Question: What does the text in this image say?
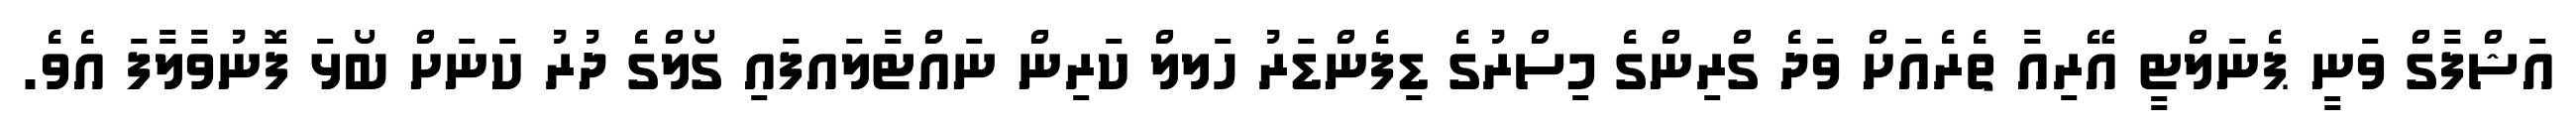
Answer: އަޝްފާގް ވަނީ ޕެނަލްޓީ އޭރިއާ ތެރެއަށް ވަދެ ގްރިންގެ މިސްރުގެ ޑިފެންޑަރު ހަލލް ކަރިން ނައްޓާލައފައި ގޯލްގެ ދުރު ކަނަށް ބޯޅަ ފޮނުވާލާފަ އެވެ.